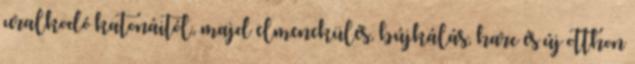
uralkodó katonáitól, majd elmenekülés, bújkálás, harc és új otthon